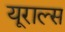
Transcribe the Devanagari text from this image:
यूराल्स